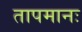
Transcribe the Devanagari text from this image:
तापमानः